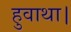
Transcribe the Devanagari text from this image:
हुवाथा।